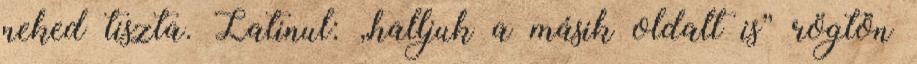
neked tiszta. Latinul: „halljuk a másik oldalt is” rögtön